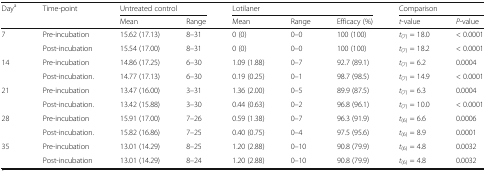
<table><thead><tr><td rowspan="2"><b>Day<sup>a</sup></b></td><td rowspan="2"><b>Time-point</b></td><td colspan="2"><b>Untreated control</b></td><td colspan="3"><b>Lotilaner</b></td><td colspan="2"><b>Comparison</b></td></tr><tr><td><b>Mean</b></td><td><b>Range</b></td><td><b>Mean</b></td><td><b>Range</b></td><td><b>Efficacy (%)</b></td><td><b><i>t</i>-value</b></td><td><b><i>P</i>-value</b></td></tr></thead><tbody><tr><td rowspan="2">7</td><td>Pre-incubation</td><td>15.62 (17.13)</td><td>8–31</td><td>0 (0)</td><td>0–0</td><td>100 (100)</td><td><i>t</i><sub>(7)</sub> = 18.0</td><td>&lt; 0.0001</td></tr><tr><td>Post-incubation</td><td>15.54 (17.00)</td><td>8–31</td><td>0 (0)</td><td>0–0</td><td>100 (100)</td><td><i>t</i><sub>(7)</sub> = 18.2</td><td>&lt; 0.0001</td></tr><tr><td rowspan="2">14</td><td>Pre-incubation</td><td>14.86 (17.25)</td><td>6–30</td><td>1.09 (1.88)</td><td>0–7</td><td>92.7 (89.1)</td><td><i>t</i><sub>(7)</sub> = 6.2</td><td>0.0004</td></tr><tr><td>Post-incubation.</td><td>14.77 (17.13)</td><td>6–30</td><td>0.19 (0.25)</td><td>0–1</td><td>98.7 (98.5)</td><td><i>t</i><sub>(7)</sub> = 14.9</td><td>&lt; 0.0001</td></tr><tr><td rowspan="2">21</td><td>Pre-incubation</td><td>13.47 (16.00)</td><td>3–31</td><td>1.36 (2.00)</td><td>0–5</td><td>89.9 (87.5)</td><td><i>t</i><sub>(7)</sub> = 6.3</td><td>0.0004</td></tr><tr><td>Post-incubation.</td><td>13.42 (15.88)</td><td>3–30</td><td>0.44 (0.63)</td><td>0–2</td><td>96.8 (96.1)</td><td><i>t</i><sub>(7)</sub> = 10.0</td><td>&lt; 0.0001</td></tr><tr><td rowspan="2">28</td><td>Pre-incubation</td><td>15.91 (17.00)</td><td>7–26</td><td>0.59 (1.38)</td><td>0–7</td><td>96.3 (91.9)</td><td><i>t</i><sub>(6)</sub> = 6.6</td><td>0.0006</td></tr><tr><td>Post-incubation.</td><td>15.82 (16.86)</td><td>7–25</td><td>0.40 (0.75)</td><td>0–4</td><td>97.5 (95.6)</td><td><i>t</i><sub>(6)</sub> = 8.9</td><td>0.0001</td></tr><tr><td rowspan="2">35</td><td>Pre-incubation</td><td>13.01 (14.29)</td><td>8–25</td><td>1.20 (2.88)</td><td>0–10</td><td>90.8 (79.9)</td><td><i>t</i><sub>(6)</sub> = 4.8</td><td>0.0032</td></tr><tr><td>Post-incubation</td><td>13.01 (14.29)</td><td>8–24</td><td>1.20 (2.88)</td><td>0–10</td><td>90.8 (79.9)</td><td><i>t</i><sub>(6)</sub> = 4.8</td><td>0.0032</td></tr></tbody></table>